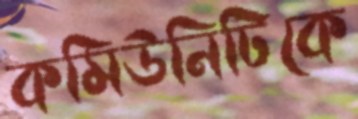
কমিউনিটিকে